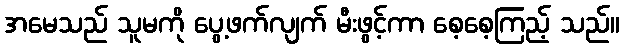
အမေသည် သူမကို ပွေ့ဖက်လျက် မီးဖွင့်ကာ စေ့စေ့ကြည့် သည်။